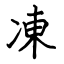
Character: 凍